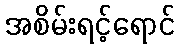
အစိမ်းရင့်ရောင်